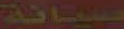
صيانة